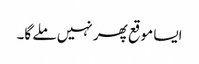
ایسا موقع پھر نہیں ملے گا۔